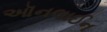
ઑનલાઈન